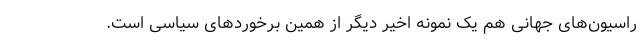
راسیون‌های جهانی هم یک نمونه اخیر دیگر از همین برخوردهای سیاسی است.